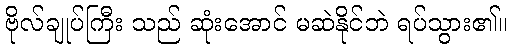
ဗိုလ်ချုပ်ကြီး သည် ဆုံးအောင် မဆဲနိုင်ဘဲ ရပ်သွား၏။